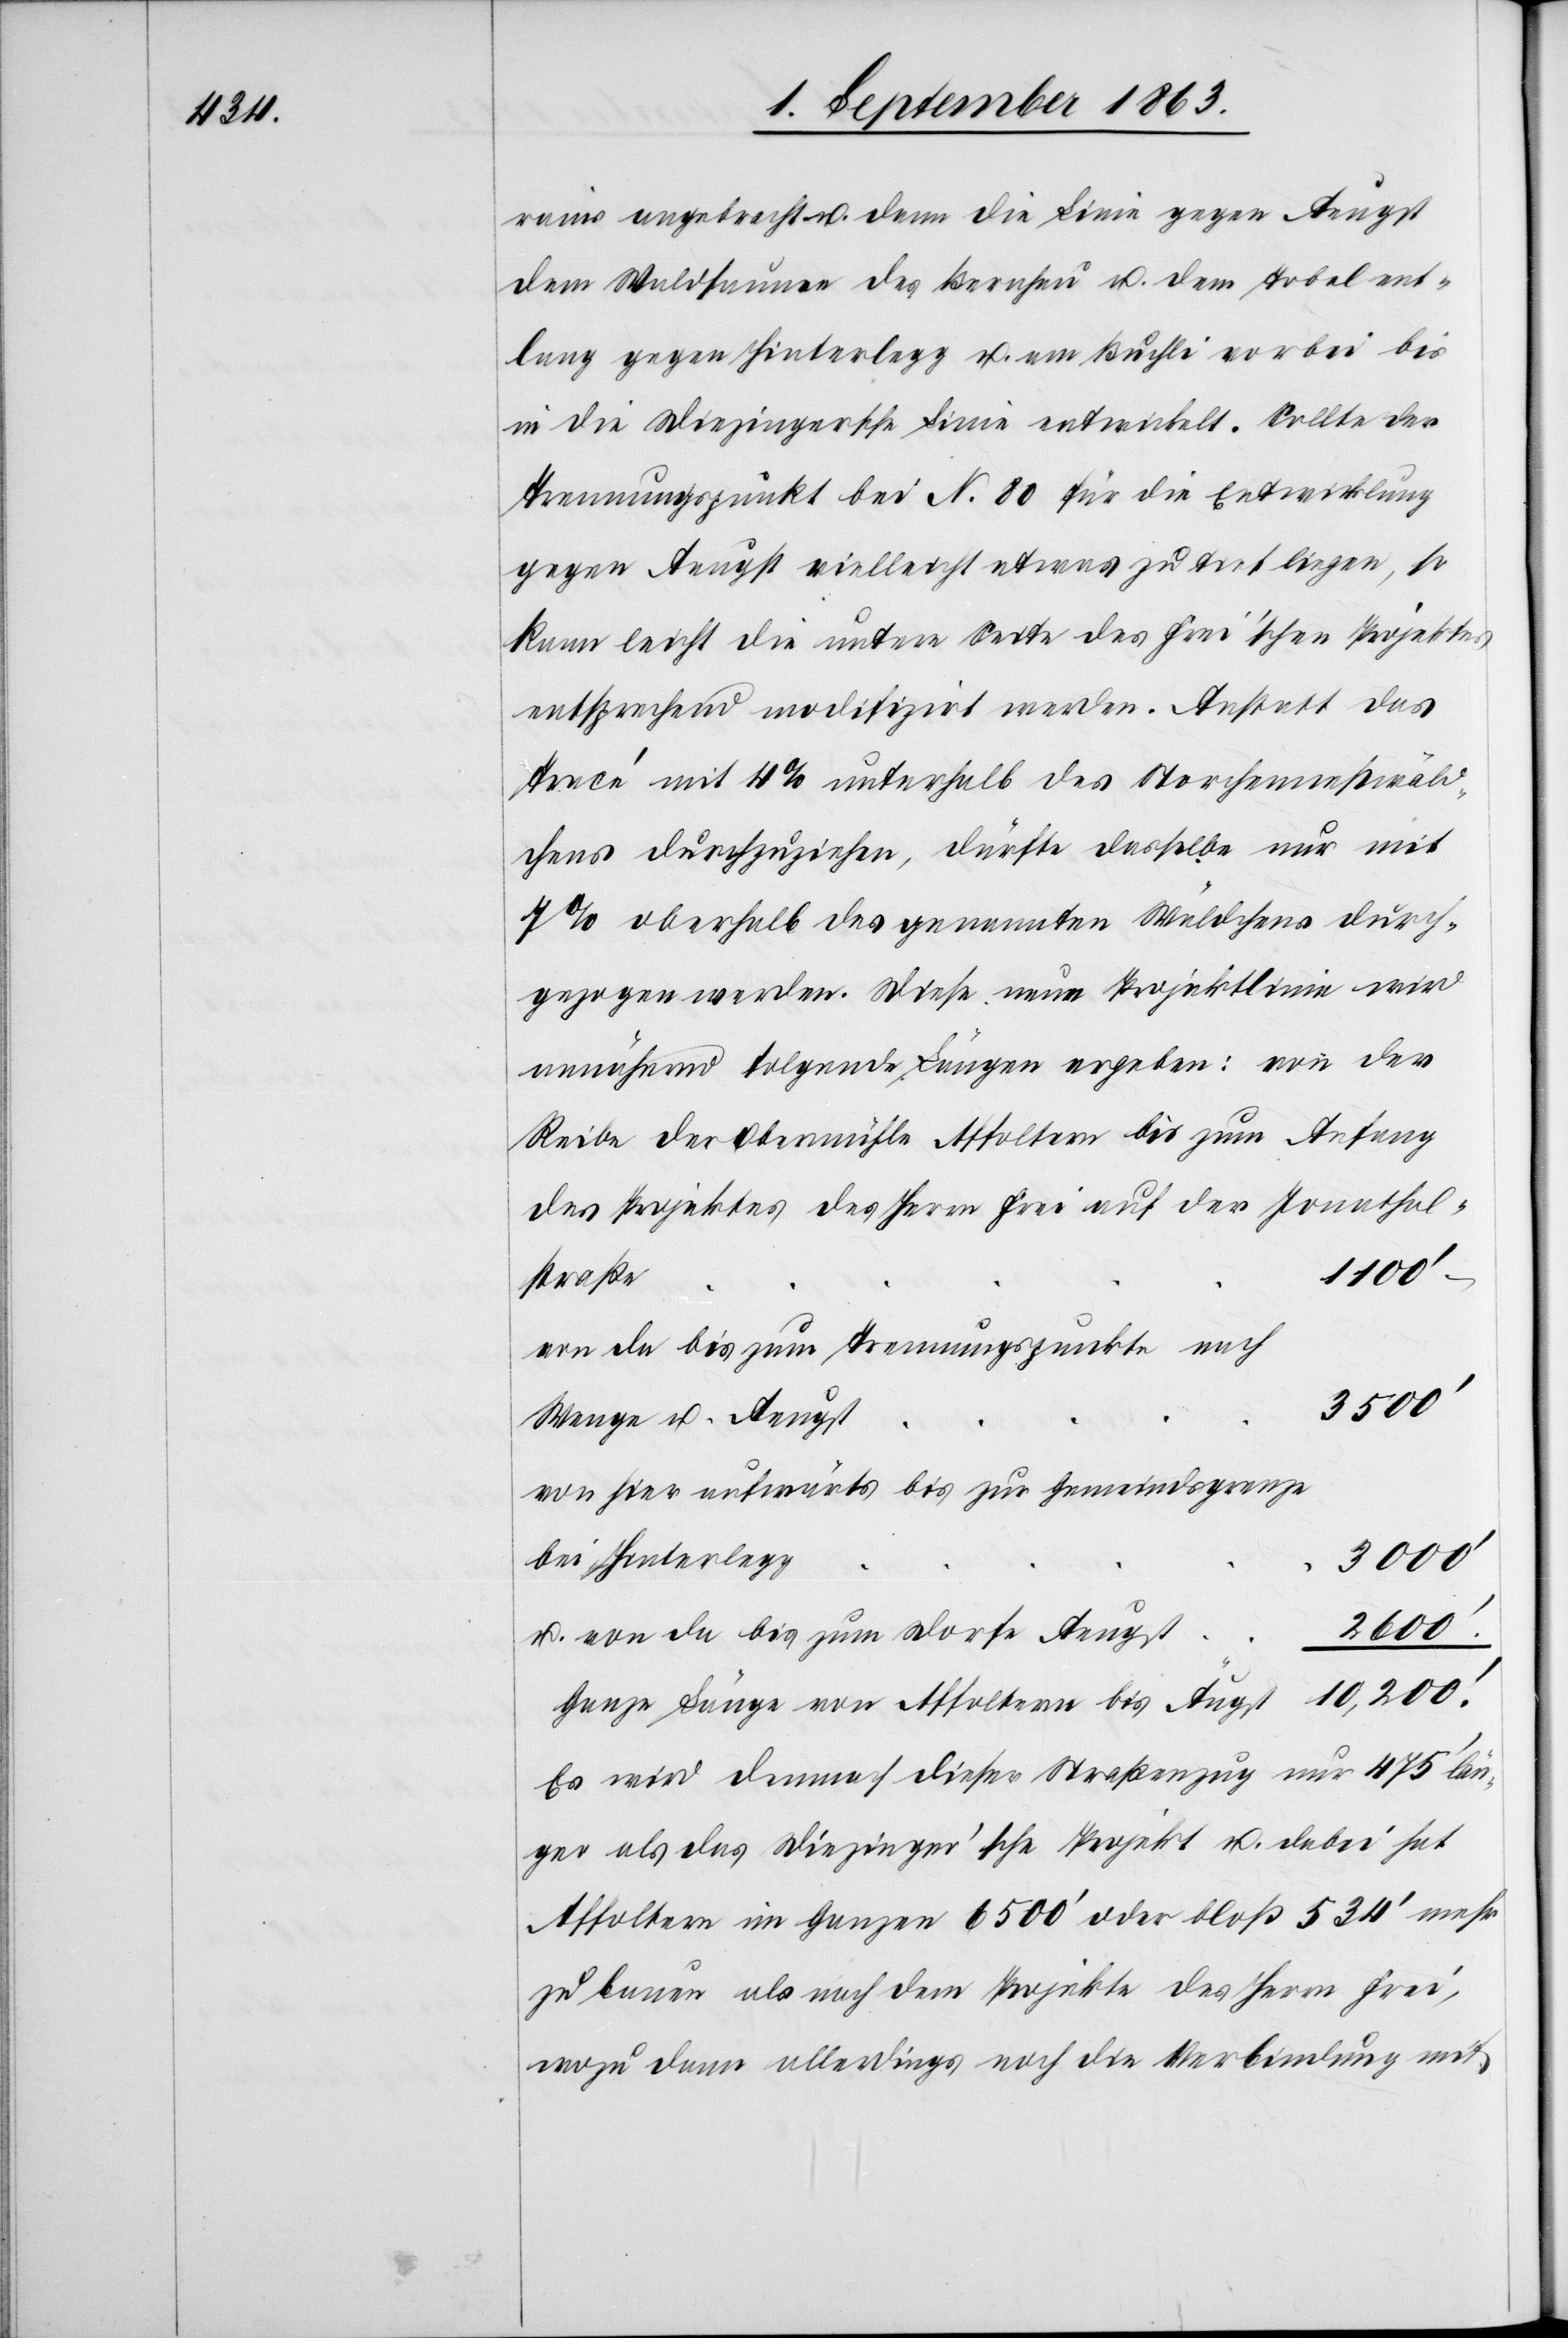
rains angebracht u. dann die Linie gegen Aeugst
dem Waldsaume des Bernhau u. dem Tobel ent¬
lang gegen Hinterlegg u. am Buchli vorbei bis
in die Diezingersche Linie entwickelt. Sollte der
Trennungspunkt bei N. 80 für die Entwicklung
gegen Aeugst vielleicht etwas zu tief liegen, so
kann leicht die untere Seite des Frei'schen Projektes
entsprechend modifizirt werden. Anstatt das
Tracé mit 4% unterhalb des Storchennestwäld¬
chens durchzuziehen, dürfte dasselbe nur mit
7% oberhalb des genannten Wäldchens durch¬
gezogen werden. Diese neue Projektlinie wird
annährend folgende Längen ergeben: von der
Reibe der Obermühle Affoltern bis zum Anfang
des Projektes des Herrn Frei auf der Jonathals¬
e	1100'
von da bis zum Trennungspunkte nach
Wenge u. Aeugst
von hier aufwärts bis zur Gemeindsgrenze
bei Hinterlegg
3000'
2600'.
u. von da bis zum Dorfe Aeugst
10,200'.
Ganze Länge von Affoltern bis Äugst
Es wird demnach dieser Straßenzug nur 475' län¬
ger als das Diezinger'sche Projekt u. dabei hat
Affoltern im Ganzen 6500' oder bloß 534' mehr
zu bauen als nach dem Projekte des Herrn Frei,
wozu dann allerdings noch die Verbindung mit